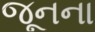
જૂનના